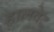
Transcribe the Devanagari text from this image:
हालवेट